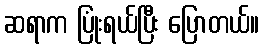
ဆရာက ပြုံးရယ်ပြီး ပြောတယ်။